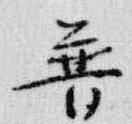
普